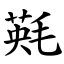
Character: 㲟